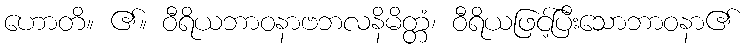
ဟောတိ။ ၏။ ဝီရိယဘာဝနာဗဘလနိမိတ္တံ၊ ဝီရိယဖြင့်ပြီးသောဘာဝနာ၏